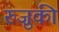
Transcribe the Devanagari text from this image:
रुज़ुकी